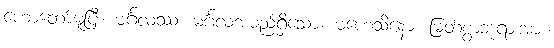
ဟောတော်မူပြီ။ မင်္ဂလဿ၊ မင်္ဂလအမည်ရှိသော။ မဟေသိနော၊ မြတ်စွာဘုရားအား။